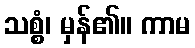
သစ္စံ၊ မှန်၏။ ကာမ